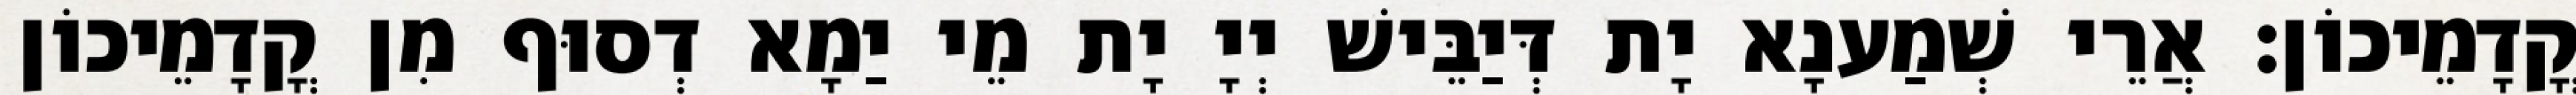
קֳדָמֵיכוֹן׃ אֲרֵי שְׁמַענָא יָת דְּיַבֵּישׁ יְיָ יָת מֵי יַמָא דְסוּף מִן קֳדָמֵיכוֹן